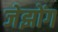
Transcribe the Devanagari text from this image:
जेझोंग